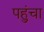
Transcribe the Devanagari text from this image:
पहुुंचा